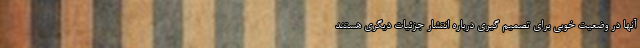
آنها در وضعیت خوبی برای تصمیم گیری درباره انتشار جزئیات دیگری هستند